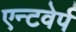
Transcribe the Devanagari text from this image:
एन्टवेर्प